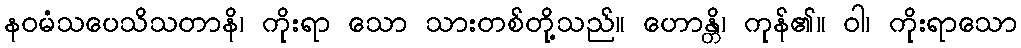
နဝမံသပေသိသတာနိ၊ ကိုးရာ သော သားတစ်တို့သည်။ ဟောန္တိ၊ ကုန်၏။ ဝါ၊ ကိုးရာသော